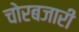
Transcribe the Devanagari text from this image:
चोरबजारी